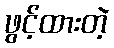
ဖွင့်ထားတဲ့